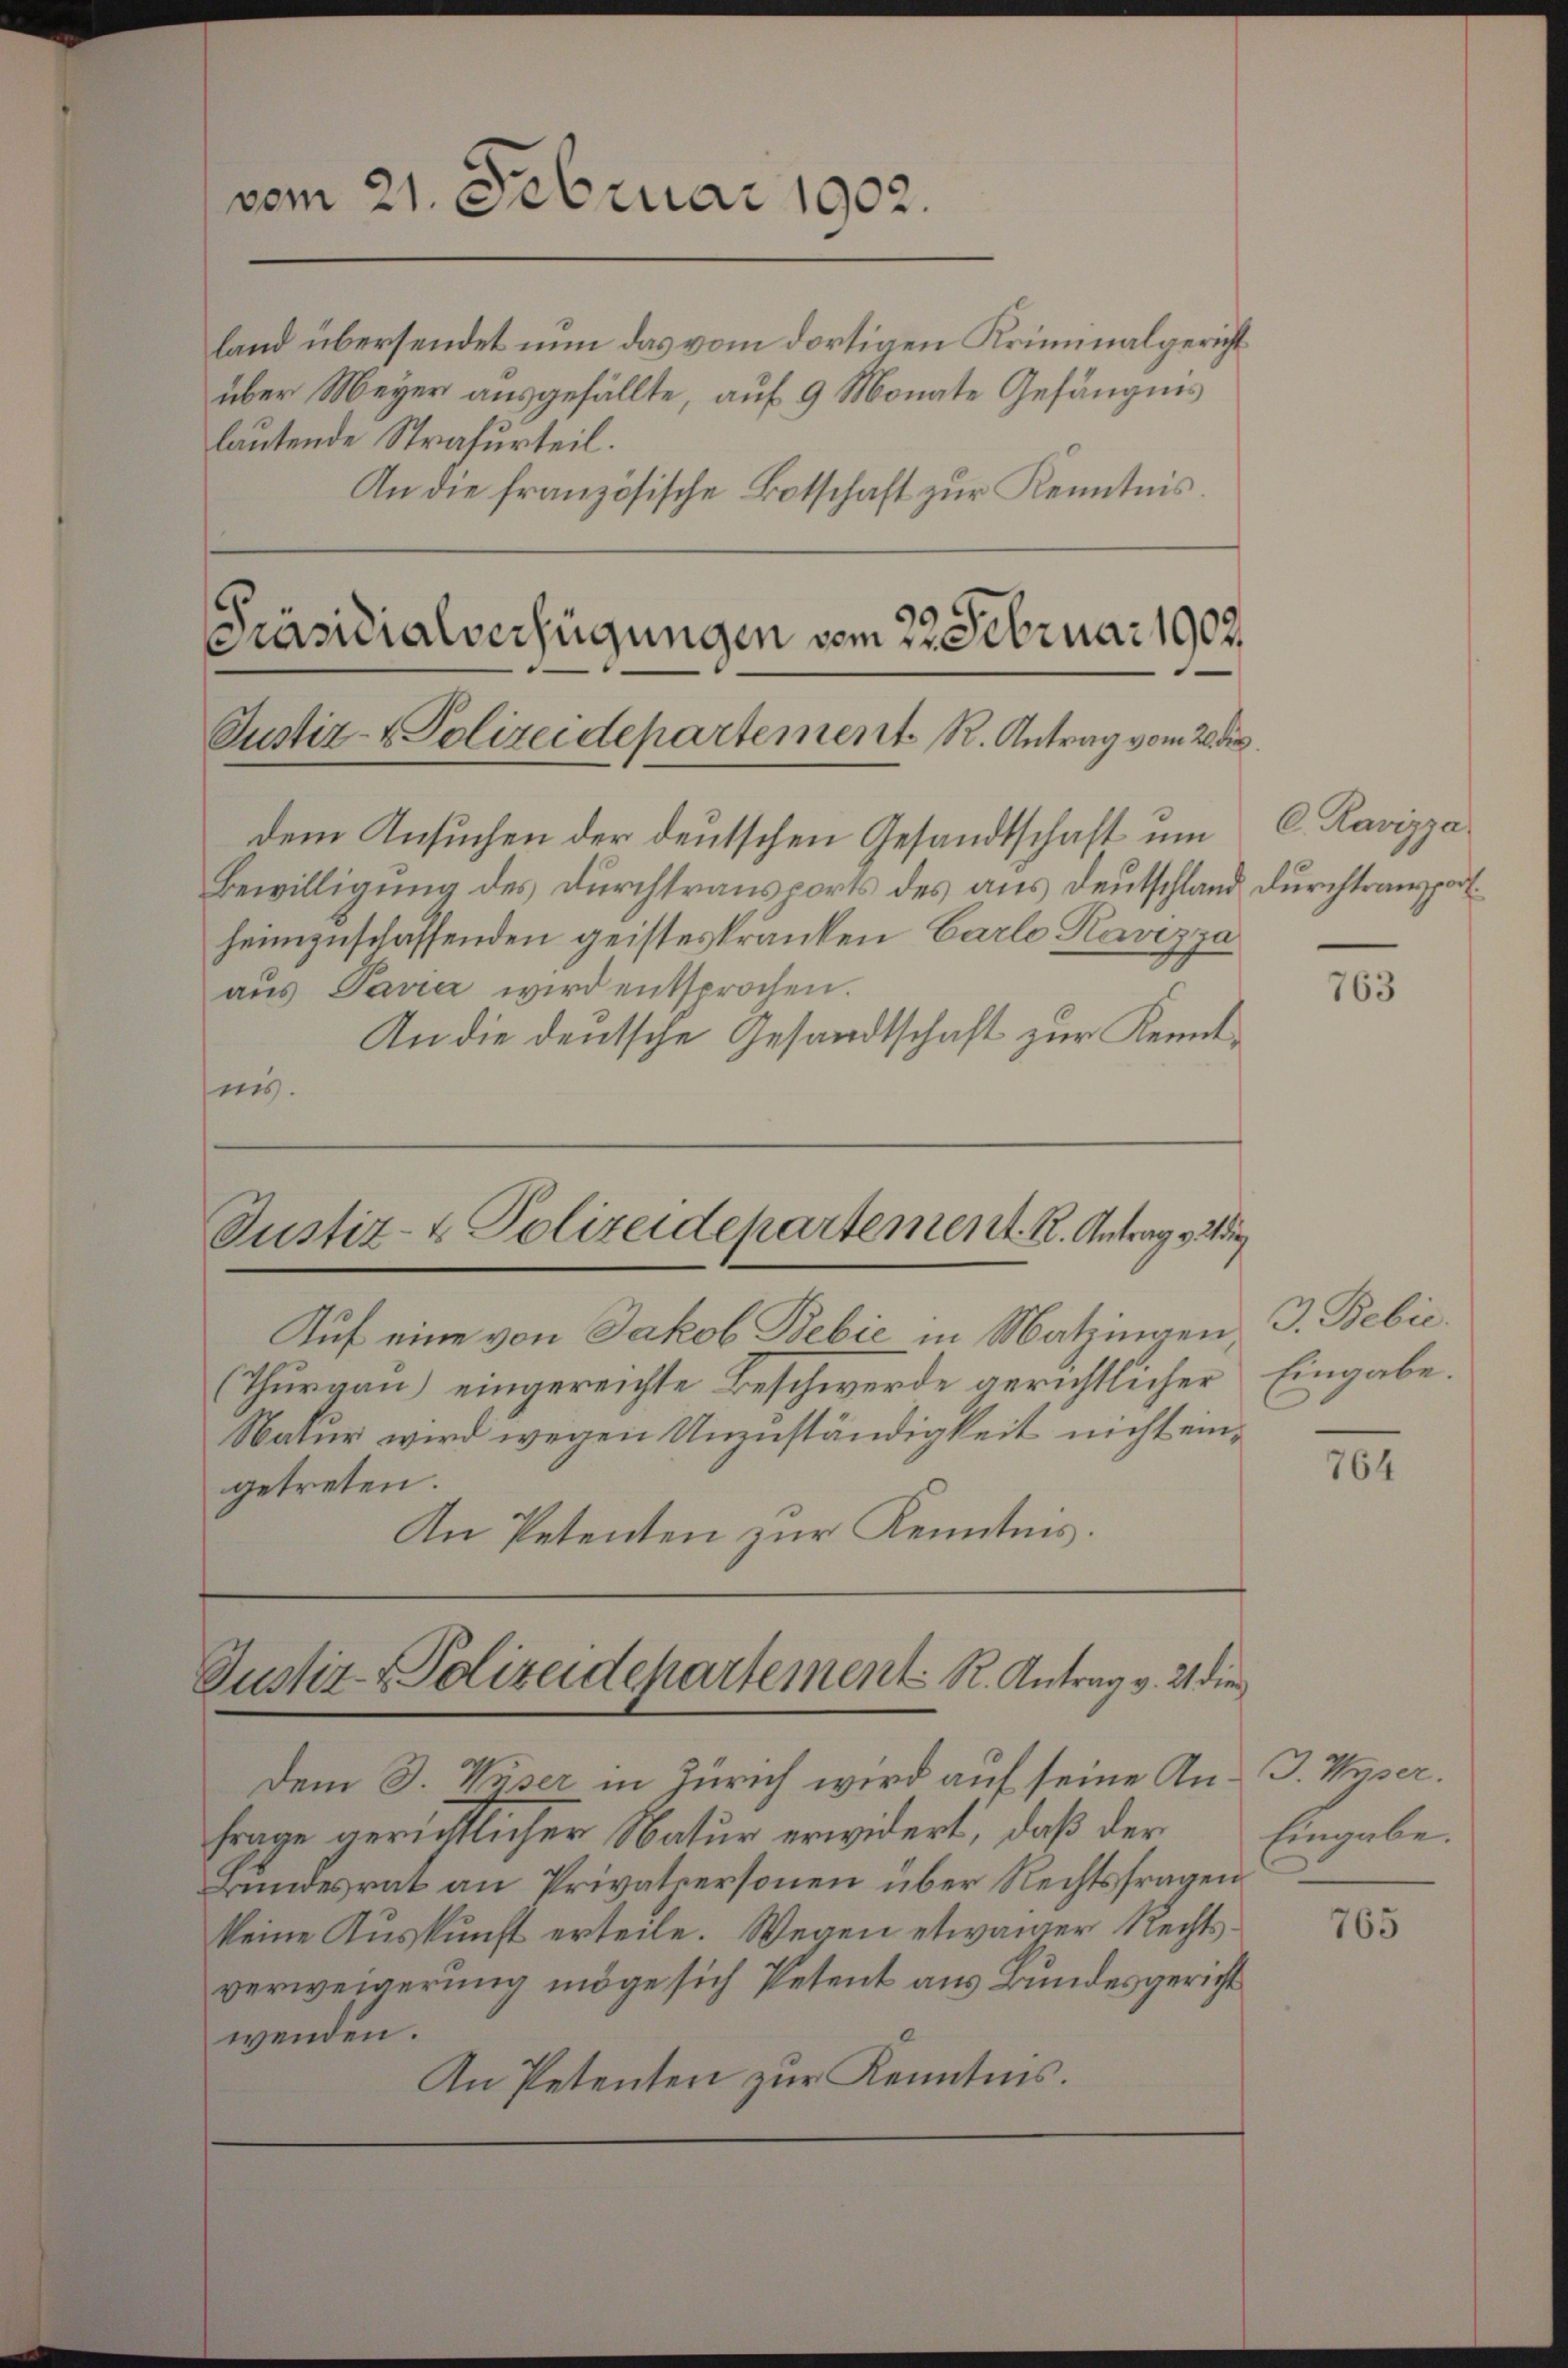
vom 21. Februar 1902.

land übersendet nun das vom dortigen Kriminalgericht
über Meyer ausgefällte, auf 9 Monate Gefängnis
lautende Strafurteil.
An die französische Botschaft zur Kenntnis.

aus Pavia wird entsprochen.
An die deutsche Gesandtschaft zur Kennties.

Präsidialverfügungen vom 22. Februar 1903.
Justiz- & Polizeidepartement R. Antrag vom 20. der
dem Ansuchen der deutschen Gesandtschaft um
Bewilligung des Durchtransports des aus Deutschland durchtransport.
heimzuschaffenden geisteskranken Carlo Kavizza

Auf eine von Jakob Bebić in Matzingen,
(Thurgau) eingereichte Beschwerde gerichtlicher
Natur wird wegen Unzuständigkeit nicht eingetreten.
An Petenten zur Kenntnis.

Dem J. Waser in Zürich wird auf seine An- J. Wyser.
Frage gerichtlicher Natur erwidert, daß der
Bundesrat an Privatpersonen über Rechtsfragen
keine Auskunft erteile. Wegen etwaiger Rechtsverweigerung möge sich Petent aus Bundesgericht
wenden.
An Petenten zur Kenntnis.

Justiz- & Polizeidepartement. K. Antrag v

Justiz- & Polizeidepartement R. Antrag v. 21 die

C. Ravizza

763

3. Bebie
Eingabe.

764

Eingabe.

765